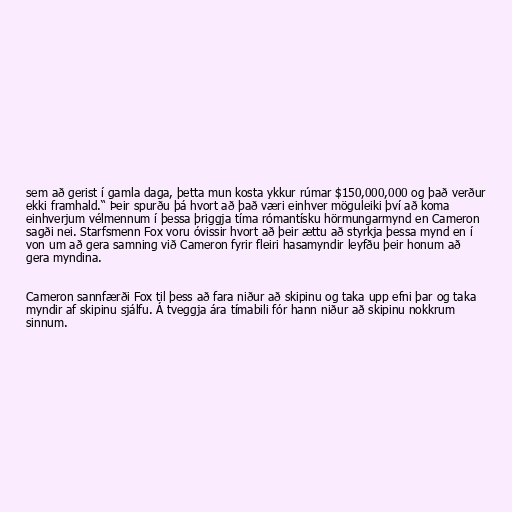
sem að gerist í gamla daga, þetta mun kosta ykkur rúmar $150,000,000 og það verður
ekki framhald.“ Þeir spurðu þá hvort að það væri einhver möguleiki því að koma
einhverjum vélmennum í þessa þriggja tíma rómantísku hörmungarmynd en Cameron
sagði nei. Starfsmenn Fox voru óvissir hvort að þeir ættu að styrkja þessa mynd en í
von um að gera samning við Cameron fyrir fleiri hasamyndir leyfðu þeir honum að
gera myndina.

Cameron sannfærði Fox til þess að fara niður að skipinu og taka upp efni þar og taka
myndir af skipinu sjálfu. Á tveggja ára tímabili fór hann niður að skipinu nokkrum
sinnum.